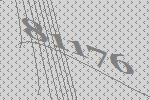
81176